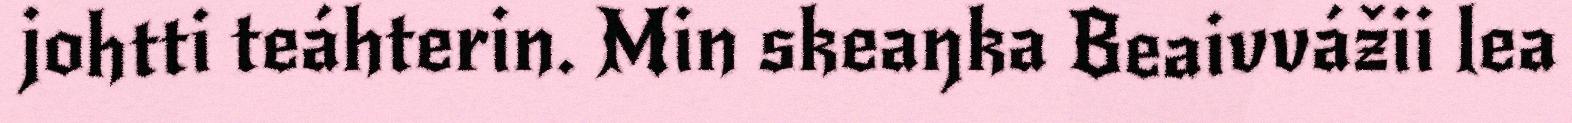
johtti teáhterin. Min skeaŋka Beaivvážii lea